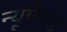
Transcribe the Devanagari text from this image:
न्यूफेल्ड